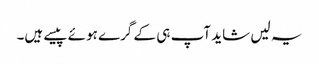
یہ لیں شاید آپ ہی کے گرے ہوئے پیسے ہیں۔